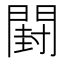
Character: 𰿣